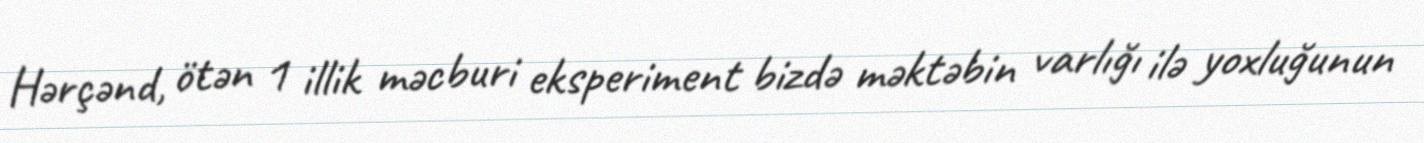
Hərçənd, ötən 1 illik məcburi eksperiment bizdə məktəbin varlığı ilə yoxluğunun